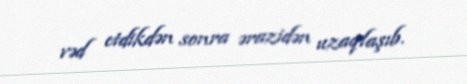
vəd etdikdən sonra ərazidən uzaqlaşıb.